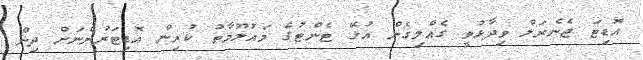
އޮޑިޓަ ޖެނެރަލް ވިދާޅުވީ ގެއްލިގެން އުޅޭ ޓެންޓުގެ މައުލޫމާތު ކުރިން އޮޑިޓަރުންނަށް ދިން